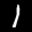
Label: 1